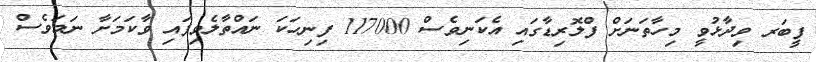
ފީބަރ ވިދާޅުވީ މިހާތަނަށް ފްލޮރިޑާގައި އެކަނިވެސް 117000 ފިނިހަކަ ނައްތާލެވިފައި ވާކަމަށާ ނަމަވެސް